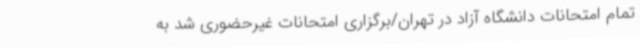
تمام امتحانات دانشگاه آزاد در تهران/برگزاری امتحانات غیرحضوری شد به